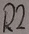
Text: R2